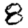
Digit: 8